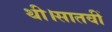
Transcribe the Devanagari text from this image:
थी।सातवीं